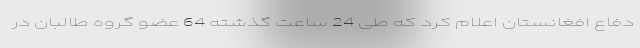
دفاع افغانستان اعلام کرد که طی 24 ساعت گذشته 64 عضو گروه طالبان در